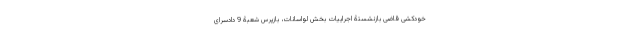
خودکشی قاضی بازنشستۀ اجراییات بخش لواسانات، بازپرس شعبۀ 9 دادسرای